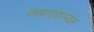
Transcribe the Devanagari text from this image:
दरबारांदरम्यान